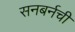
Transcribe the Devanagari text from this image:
सनबर्नची